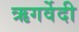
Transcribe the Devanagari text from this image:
ऋगर्वेदी